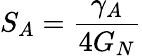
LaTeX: S_{A}=\frac{\gamma_{A}}{4G_{N}}